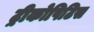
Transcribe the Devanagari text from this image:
ट्रीकोपिटिस